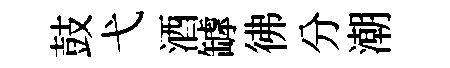
鼓弋酒罅彿分潮